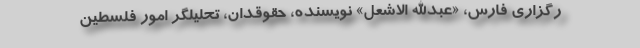
رگزاری فارس، «عبدالله الاشعل» نویسنده، حقوقدان، تحلیلگر امور فلسطین